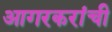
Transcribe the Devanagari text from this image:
आगरकरांची